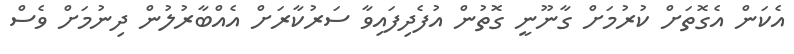
އެކަން އެގޮތަށް ކުރުމަށް ގާނޫނީ ގޮތުން އުފެދިފައިވާ ސަރުކާރަށް އެއްބާރުލުން ދިނުމަށް ވެސް